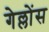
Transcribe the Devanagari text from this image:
गेल्लोंस